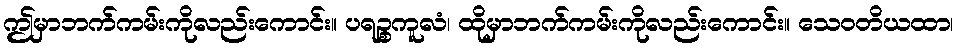
ဤမှာဘက်ကမ်းကိုလည်းကောင်း။ ပရဉ္စကူလံ၊ ထိုမှာဘက်ကမ်းကိုလည်းကောင်း။ သေဝတိယထာ၊